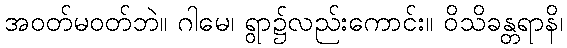
အဝတ်မဝတ်ဘဲ။ ဂါမေ၊ ရွာ၌လည်းကောင်း။ ဝိသိခန္တရာနိ၊